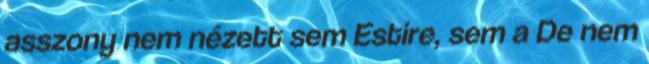
asszony nem nézett sem Estire, sem a De nem